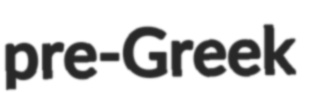
pre-Greek